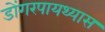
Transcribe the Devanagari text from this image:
डोंगरपायथ्यास